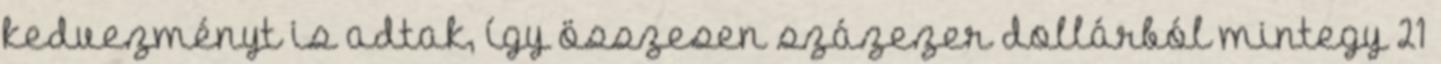
kedvezményt is adtak, így összesen százezer dollárból mintegy 21